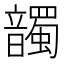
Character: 𩑂